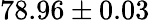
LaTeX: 78.96\pm 0.03